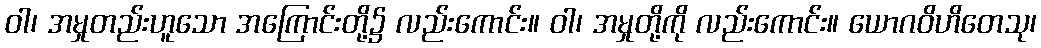
ဝါ၊ အမှုတည်းဟူသော အကြောင်းတို့၌ လည်းကောင်း။ ဝါ၊ အမှုတို့ကို လည်းကောင်း။ ယောဂဝိဟိတေသု၊